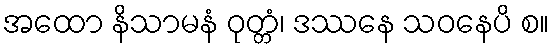
အထော နိသာမနံ ဝုတ္တံ၊ ဒဿနေ သဝနေပိ စ။